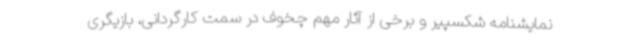
نمایشنامه شکسپیر و برخی از آثار مهم چخوف در سمت کارگردانی، بازیگری